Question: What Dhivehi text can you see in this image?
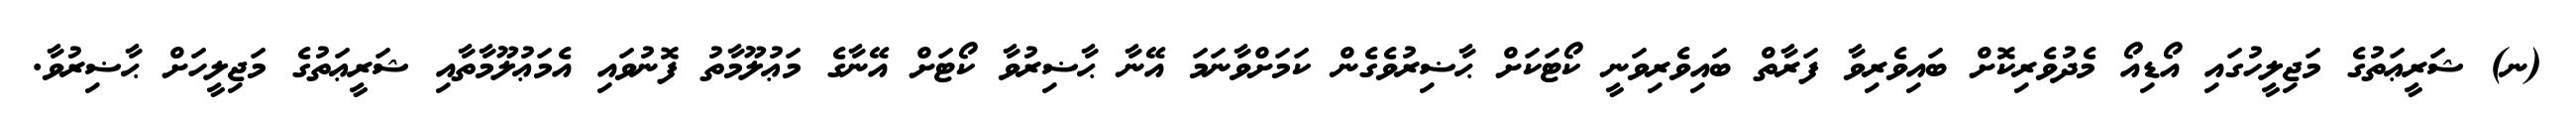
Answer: (ނ) ޝަރީޢަތުގެ މަޖިލީހުގައި އޯޑިއޯ މެދުވެރިކޮށް ބައިވެރިވާ ފަރާތް ބައިވެރިވަނީ ކޯޓަކަށް ޙާޟިރުވެގެން ކަމަށްވާނަމަ އޭނާ ޙާޟިރުވާ ކޯޓަށް އޭނާގެ މަޢުލޫމާތު ފޮނުވައި އެމަޢުލޫމާތާއި ޝަރީޢަތުގެ މަޖިލީހަށް ޙާޟިރުވާ.